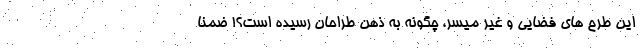
این طرح های فضایی و غیر میسر، چگونه به ذهن طراحان رسیده است؟! ضمناً